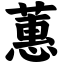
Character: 蕙